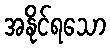
အနိုင်ရသော